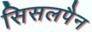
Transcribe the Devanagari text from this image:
सिसलपैन